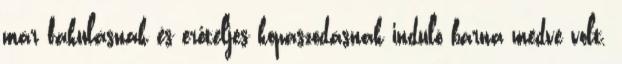
már fakulásnak és erőteljes kopaszodásnak induló barna medve volt.